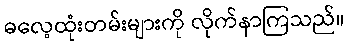
ဓလေ့ထုံးတမ်းများကို လိုက်နာကြသည်။